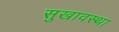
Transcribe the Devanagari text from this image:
सुखावस्था